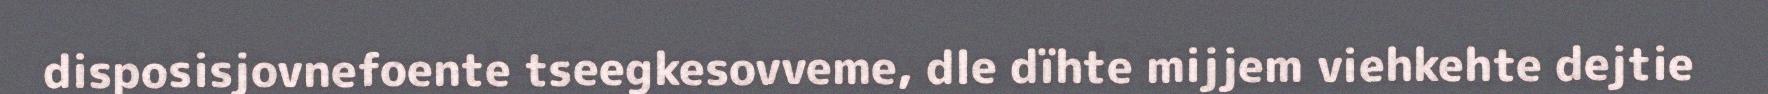
disposisjovnefoente tseegkesovveme, dle dïhte mijjem viehkehte dejtie